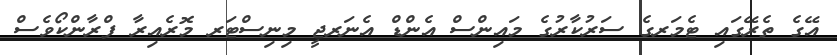
އޭގެ ތެރޭގައި ޓެމަރގެ ސަރުކާރުގެ މައިންސް އެންޑް އެނަރޖީ މިނިސްޓަރ މޮރެއިރާ ފްރާންކޯވެސް